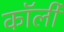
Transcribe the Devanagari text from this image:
कॉर्ली